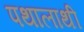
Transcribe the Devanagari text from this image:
पथालाथी